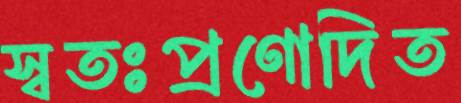
স্বতঃপ্রণোদিত